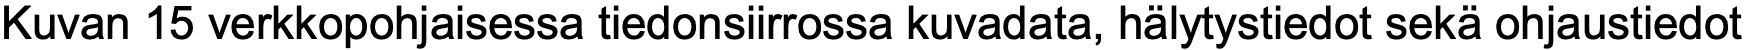
Kuvan 15 verkkopohjaisessa tiedonsiirrossa kuvadata, hälytystiedot sekä ohjaustiedot